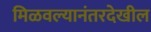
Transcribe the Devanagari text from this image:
मिळवल्यानंतरदेखील